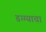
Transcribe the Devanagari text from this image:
डग्ग्याचा